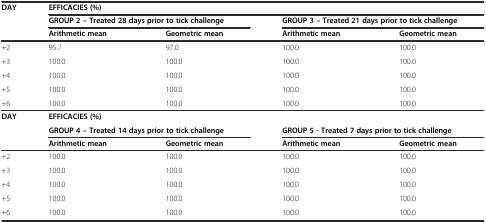
<table><thead><tr><td rowspan="3"><b>DAY</b></td><td colspan="4"><b>EFFICACIES (%)</b></td></tr><tr><td colspan="2"><b>GROUP 2 – Treated 28 days prior to tick challenge</b></td><td colspan="2"><b>GROUP 3 – Treated 21 days prior to tick challenge</b></td></tr><tr><td><b>Arithmetic mean</b></td><td><b>Geometric mean</b></td><td><b>Arithmetic mean</b></td><td><b>Geometric mean</b></td></tr></thead><tbody><tr><td>+2</td><td>95.7</td><td>97.0</td><td>100.0</td><td>100.0</td></tr><tr><td>+3</td><td>100.0</td><td>100.0</td><td>100.0</td><td>100.0</td></tr><tr><td>+4</td><td>100.0</td><td>100.0</td><td>100.0</td><td>100.0</td></tr><tr><td>+5</td><td>100.0</td><td>100.0</td><td>100.0</td><td>100.0</td></tr><tr><td>+6</td><td>100.0</td><td>100.0</td><td>100.0</td><td>100.0</td></tr><tr><td rowspan="3"><b>DAY</b></td><td colspan="4"><b>EFFICACIES (%)</b></td></tr><tr><td colspan="2"><b>GROUP 4 – Treated 14 days prior to tick challenge</b></td><td colspan="2"><b>GROUP 5 - Treated 7 days prior to tick challenge</b></td></tr><tr><td><b>Arithmetic mean</b></td><td><b>Geometric mean</b></td><td><b>Arithmetic mean</b></td><td><b>Geometric mean</b></td></tr><tr><td>+2</td><td>100.0</td><td>100.0</td><td>100.0</td><td>100.0</td></tr><tr><td>+3</td><td>100.0</td><td>100.0</td><td>100.0</td><td>100.0</td></tr><tr><td>+4</td><td>100.0</td><td>100.0</td><td>100.0</td><td>100.0</td></tr><tr><td>+5</td><td>100.0</td><td>100.0</td><td>100.0</td><td>100.0</td></tr><tr><td>+6</td><td>100.0</td><td>100.0</td><td>100.0</td><td>100.0</td></tr></tbody></table>